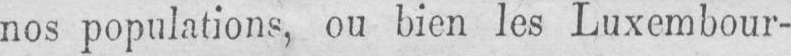
nos populations, ou bien les Luxembour-